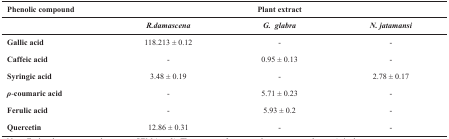
<table><thead><tr><td><b>Phenolic compound</b></td><td colspan="3"><b>Plant extract</b></td></tr><tr><td></td><td><b><i>R.damascena</i></b></td><td><b><i>G. glabra</i></b></td><td><b><i>N. jatamansi</i></b></td></tr></thead><tbody><tr><td><b>Gallic acid</b></td><td>118.213 ± 0.12</td><td>-</td><td>-</td></tr><tr><td><b>Caffeic acid</b></td><td>-</td><td>0.95 ± 0.13</td><td>-</td></tr><tr><td><b>Syringic acid</b></td><td>3.48 ± 0.19</td><td>-</td><td>2.78 ± 0.17</td></tr><tr><td><b><i>ρ</i></b><b>-coumaric acid</b></td><td>-</td><td>5.71 ± 0.23</td><td>-</td></tr><tr><td><b>Ferulic acid</b></td><td>-</td><td>5.93 ± 0.2</td><td>-</td></tr><tr><td><b>Quercetin</b></td><td>12.86 ± 0.31</td><td>-</td><td>-</td></tr></tbody></table>